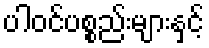
ပါဝင်ပစ္စည်းများနှင့်